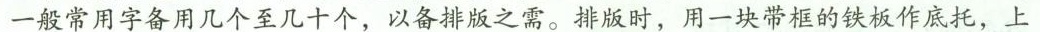
一般常用字备用几个至几十个，以备排版之需。排版时，用一块带框的铁板作底托，上